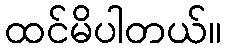
ထင်မိပါတယ်။